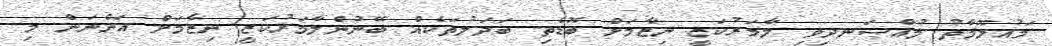
މައުލޫމާތު މުއްސަނދިވި ލާމަރުކަޒީ ނިޒާމަށް ބޮޑެތި ބަދަލުތަކެއް ބޭނުންލާމަރުކަޒީ ނިޒާމަށް އަންނަން މި